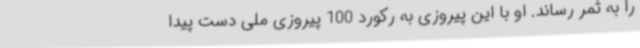
را به ثمر رساند. او با این پیروزی به رکورد 100 پیروزی ملی دست پیدا